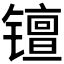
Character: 𫔑